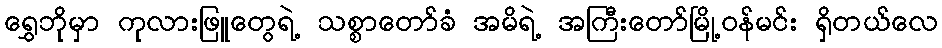
ရွှေဘိုမှာ ကုလားဖြူတွေရဲ့ သစ္စာတော်ခံ အမိရဲ့ အကြီးတော်မြို့ဝန်မင်း ရှိတယ်လေ